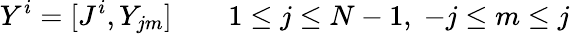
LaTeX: Y^{i}=[J^{i},Y_{jm}]\qquad 1\le j\le N-1,\; -j\le m\le j